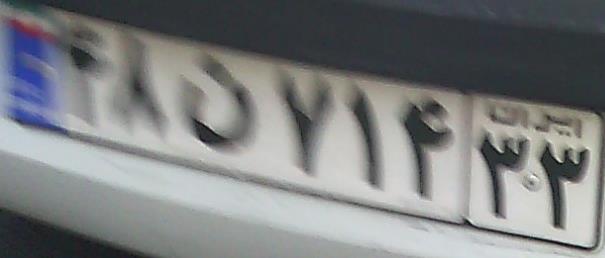
۴۸ن۷۱۴۳۳